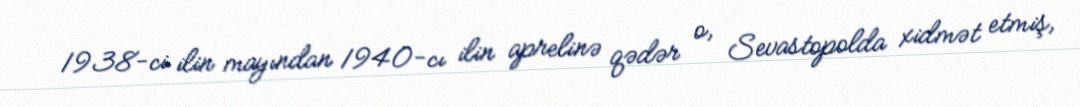
1938-ci ilin mayından 1940-cı ilin aprelinə qədər o, Sevastopolda xidmət etmiş,